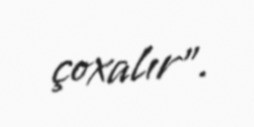
çoxalır”.